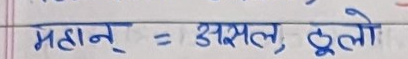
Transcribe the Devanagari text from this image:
महान् = असल, ठूलो